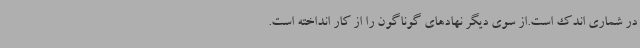
در شماری اندک است.از سوی دیگر نهادهای گوناگون را از کار انداخته است.